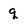
Character: q